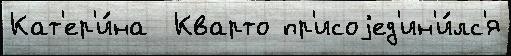
Кат'ер'и́на  Кварто пр'исоjед'ин'и́лс'я